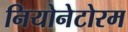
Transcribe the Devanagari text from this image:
नियोनेटोरम